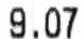
9.07